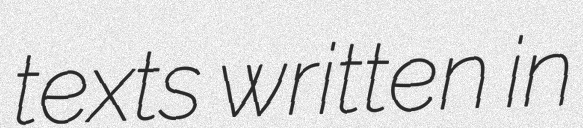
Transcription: texts written in